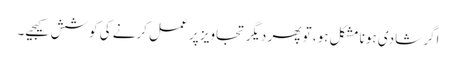
اگر شادی ہونا مشکل ہو، تو پھر دیگر تجاویز پر عمل کرنے کی کوشش کیجیے۔